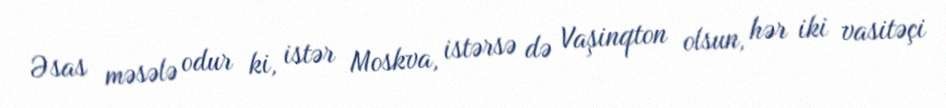
Əsas məsələ odur ki, istər Moskva, istərsə də Vaşinqton olsun, hər iki vasitəçi